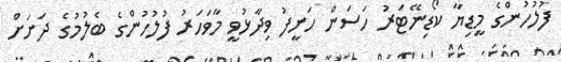
ފުލުހުންގެ މީޑިޔާ ކޯޑިނޭޓަރު ހަސަން ހަނީފު ވިދާޅުވީ މާވަހަރު ފުލުހުންގެ ބެލުމުގެ ދަށަށް